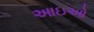
આઇઓ